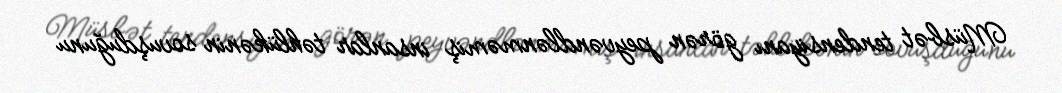
Müsbət tendensiyanı görən peyvəndlənməmiş insanlar təhlükənin sovuşduğunu